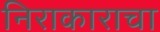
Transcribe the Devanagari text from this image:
निराकाराचा